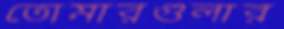
তোমারগুলার